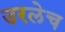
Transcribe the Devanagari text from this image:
उरलेच